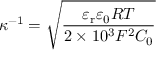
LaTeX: \kappa ^ { - 1 } = { \sqrt { \frac { \varepsilon _ { \mathrm { { r } } } \varepsilon _ { 0 } R T } { 2 \times 1 0 ^ { 3 } F ^ { 2 } C _ { 0 } } } }